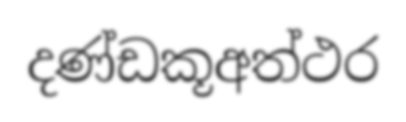
දණ්ඩකූඅත්ථර